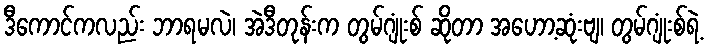
ဒီကောင်ကလည်း ဘာရမလဲ၊ အဲဒီတုန်းက တွမ်ဂျုံးစ် ဆိုတာ အဟော့ဆုံးဗျ၊ တွမ်ဂျုံးစ်ရဲ့